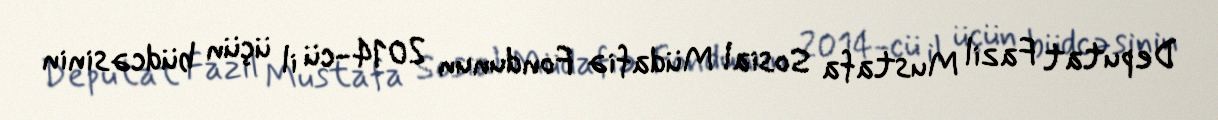
Deputat Fazil Mustafa Sosial Müdafiə Fondunun 2014-cü il üçün büdcəsinin